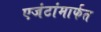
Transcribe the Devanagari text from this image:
एजंटांमार्फत